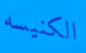
الكنيسه